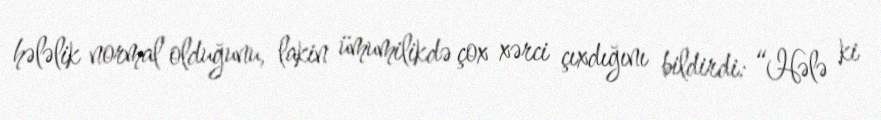
hələlik normal olduğunu, lakin ümumilikdə çox xərci çıxdığını bildirdi: “Hələ ki